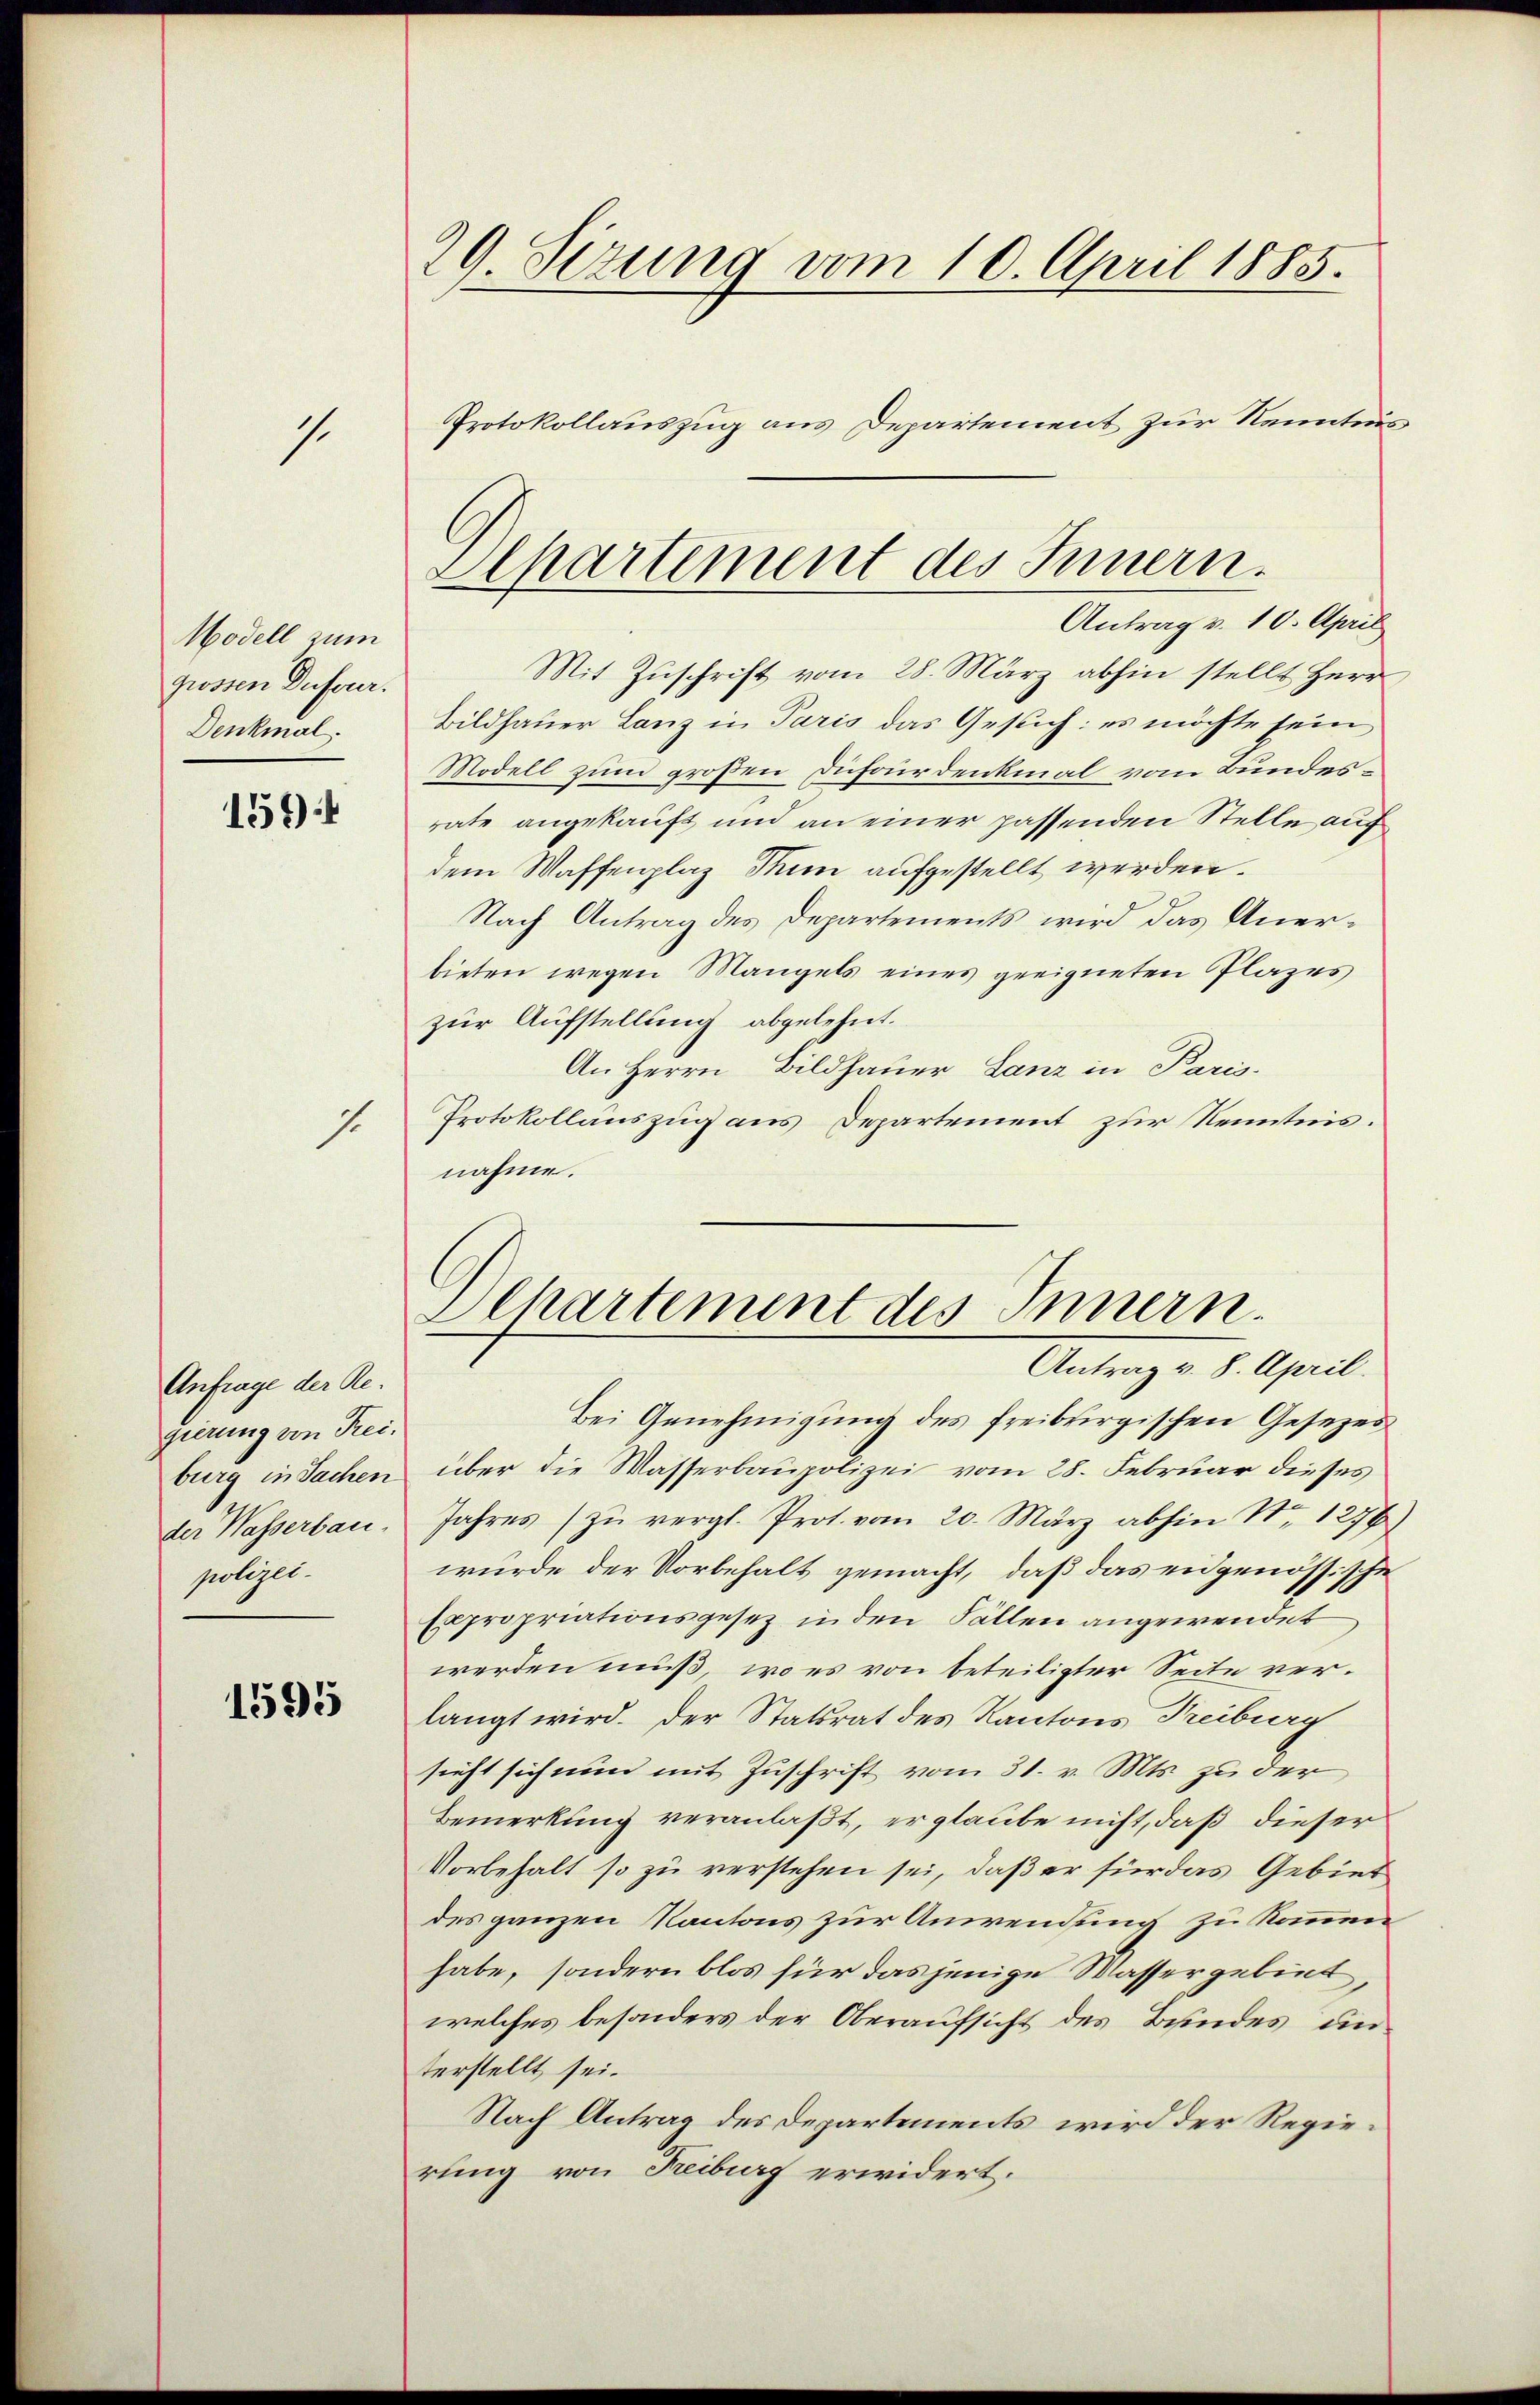
.

Modell zum
grossen Deferer.
Denkmal.

1594

Anfrage der Regierung von Reiburg in Sachen
der Wasserbau-
polizei.

1595

.

29. Sizung vom 10. April 1885.
Protokollauszug aus Departement zur Kenntnis¬

Mit Zuschrift vom 28. März abhin stellt Herr
Bildhauer Lanz in Paris das Gesuch: es möchte sein
Modell zum großen Dufourdenkmal vom Bundesrate angekauft und an einer passenden Stelle auf
dem Waffenplaz Thun aufgestellt werden.
Nach Antrag des Departements wird das Anerbieten wegen Mangels eines geeigneten Plazes
zur Aufstellung abgelehnt.
An Herrn Bildhauer Lanz in Paris.
Protokollauszug aus Departement zur Kenntnis.
nahme.

Separtement des Innern.
Antrag v. 10. April

Departement des Innern.
Antrag v. 8. April.

Bei Genehmigung des freibtirgischen Gesezes
über die Wasserbaupolizei vom 28. Februar dieses
Jahres zŭ vergl. Prot. vom 20. März abhin Nr. 1279)
wurde der Vorbehalt gemacht, daß das eidgenössische
Expropriationsgesez in den Fällen angewendet
werden muß, wo es von beteiligter Seite verlangt wird. Der Statsrat des Kantons Treiburg
sieht sich nun mit Zuschrift vom 31. v. Mts. zu der
Bemerkung veranlaßt, er glaube nicht, daß dieser
Vorbehalt so zu verstehen sei, daß er für das Gebiet
des ganzen Kantons zur Anwendung zu kommen
habe, sondern blos für das jenige Wassergebiet
welches besonders der Oberaufsicht des Bundes unterstellt sei.
Nach Antrag des Departements wird der Regierung von Freiburg erwidert.